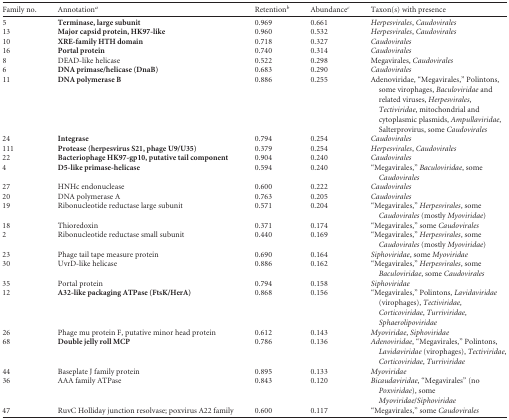
<table><thead><tr><td><b>Family no.</b></td><td><b>Annotation<sup>a</sup></b></td><td><b>Retention<sup>b</sup></b></td><td><b>Abundance<sup>c</sup></b></td><td><b>Taxon(s) with presence</b></td></tr></thead><tbody><tr><td>5</td><td><b>Terminase, large subunit</b></td><td>0.969</td><td>0.661</td><td><i>Herpesvirales</i>, <i>Caudovirales</i></td></tr><tr><td>13</td><td><b>Major capsid protein, HK97-like</b></td><td>0.960</td><td>0.532</td><td><i>Herpesvirales</i>, <i>Caudovirales</i></td></tr><tr><td>10</td><td><b>XRE-family HTH domain</b></td><td>0.718</td><td>0.327</td><td><i>Caudovirales</i></td></tr><tr><td>16</td><td><b>Portal protein</b></td><td>0.740</td><td>0.314</td><td><i>Caudovirales</i></td></tr><tr><td>8</td><td>DEAD-like helicase</td><td>0.522</td><td>0.298</td><td>Megavirales, <i>Caudovirales</i></td></tr><tr><td>6</td><td><b>DNA primase/helicase (DnaB)</b></td><td>0.683</td><td>0.290</td><td><i>Caudovirales</i></td></tr><tr><td>11</td><td><b>DNA polymerase B</b></td><td>0.886</td><td>0.255</td><td>Adenoviridae, “Megavirales,” Polintons,some virophages, <i>Baculoviridae</i> andrelated viruses, <i>Herpesvirales</i>, <i>Tectiviridae</i>, mitochondrial and cytoplasmic plasmids, <i>Ampullaviridae</i>, Salterprovirus, some <i>Caudovirales</i></td></tr><tr><td>24</td><td><b>Integrase</b></td><td>0.794</td><td>0.254</td><td><i>Caudovirales</i></td></tr><tr><td>111</td><td><b>Protease (herpesvirus S21, phage U9/U35)</b></td><td>0.379</td><td>0.254</td><td><i>Herpesvirales</i>, <i>Caudovirales</i></td></tr><tr><td>22</td><td><b>Bacteriophage HK97-gp10, putative tail component</b></td><td>0.904</td><td>0.240</td><td><i>Caudovirales</i></td></tr><tr><td>4</td><td><b>D5-like primase-helicase</b></td><td>0.594</td><td>0.240</td><td>“Megavirales,” <i>Baculoviridae</i>, some <i>Caudovirales</i></td></tr><tr><td>27</td><td>HNHc endonuclease</td><td>0.600</td><td>0.222</td><td><i>Caudovirales</i></td></tr><tr><td>20</td><td>DNA polymerase A</td><td>0.763</td><td>0.205</td><td><i>Caudovirales</i></td></tr><tr><td>19</td><td>Ribonucleotide reductase large subunit</td><td>0.571</td><td>0.204</td><td>“Megavirales,” <i>Herpesvirales</i>, some <i>Caudovirales</i> (mostly <i>Myoviridae</i>)</td></tr><tr><td>18</td><td>Thioredoxin</td><td>0.371</td><td>0.174</td><td>“Megavirales,” some <i>Caudovirales</i></td></tr><tr><td>2</td><td>Ribonucleotide reductase small subunit</td><td>0.440</td><td>0.169</td><td>“Megavirales,” <i>Herpesvirales</i>, some <i>Caudovirales</i> (mostly <i>Myoviridae</i>)</td></tr><tr><td>23</td><td>Phage tail tape measure protein</td><td>0.690</td><td>0.164</td><td><i>Siphoviridae</i>, some <i>Myoviridae</i></td></tr><tr><td>30</td><td>UvrD-like helicase</td><td>0.886</td><td>0.162</td><td>“Megavirales,” <i>Herpesvirales</i>, some <i>Baculoviridae</i>, some <i>Caudovirales</i></td></tr><tr><td>35</td><td>Portal protein</td><td>0.794</td><td>0.158</td><td><i>Siphoviridae</i></td></tr><tr><td>12</td><td><b>A32-like packaging ATPase (FtsK/HerA)</b></td><td>0.868</td><td>0.156</td><td>“Megavirales,” Polintons, <i>Lavidaviridae</i>(virophages), <i>Tectiviridae</i>, <i>Corticoviridae</i>, <i>Turriviridae</i>, <i>Sphaerolipoviridae</i></td></tr><tr><td>26</td><td>Phage mu protein F, putative minor head protein</td><td>0.612</td><td>0.143</td><td><i>Myoviridae</i>, <i>Siphoviridae</i></td></tr><tr><td>68</td><td><b>Double jelly roll MCP</b></td><td>0.786</td><td>0.136</td><td><i>Adenoviridae</i>, “Megavirales,” Polintons, <i>Lavidaviridae</i> (virophages), <i>Tectiviridae</i>, <i>Corticoviridae</i>, <i>Turriviridae</i></td></tr><tr><td>44</td><td>Baseplate J family protein</td><td>0.895</td><td>0.133</td><td><i>Myoviridae</i></td></tr><tr><td>36</td><td>AAA family ATPase</td><td>0.843</td><td>0.120</td><td><i>Bicaudaviridae</i>, “Megavirales” (no <i>Poxviridae</i>), some <i>Myoviridae</i>/<i>Siphoviridae</i></td></tr><tr><td>47</td><td>RuvC Holliday junction resolvase; poxvirus A22 family</td><td>0.600</td><td>0.117</td><td>“Megavirales,” some <i>Caudovirales</i></td></tr></tbody></table>